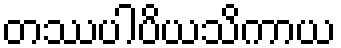
တဿပါပိယသိကာယ